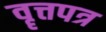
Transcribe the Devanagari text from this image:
वॄत्तपत्र